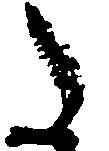
た